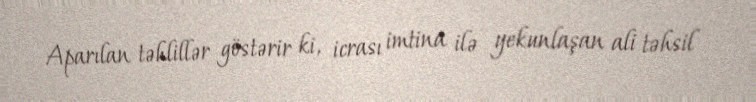
Aparılan təhlillər göstərir ki, icrası imtina ilə yekunlaşan ali təhsil